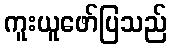
ကူးယူဖော်ပြသည်